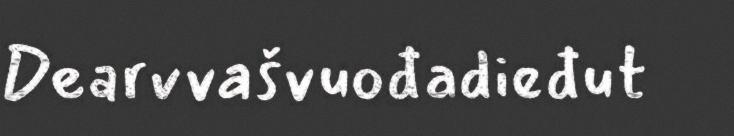
Dearvvašvuođadieđut